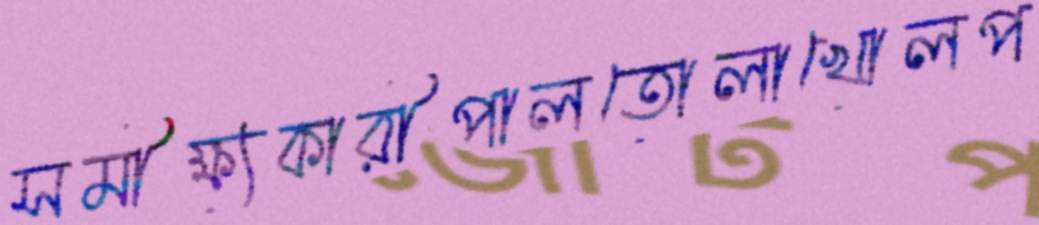
সমীক্ষ্যকারীপালতোলাখোলপ